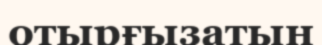
отырғызатын